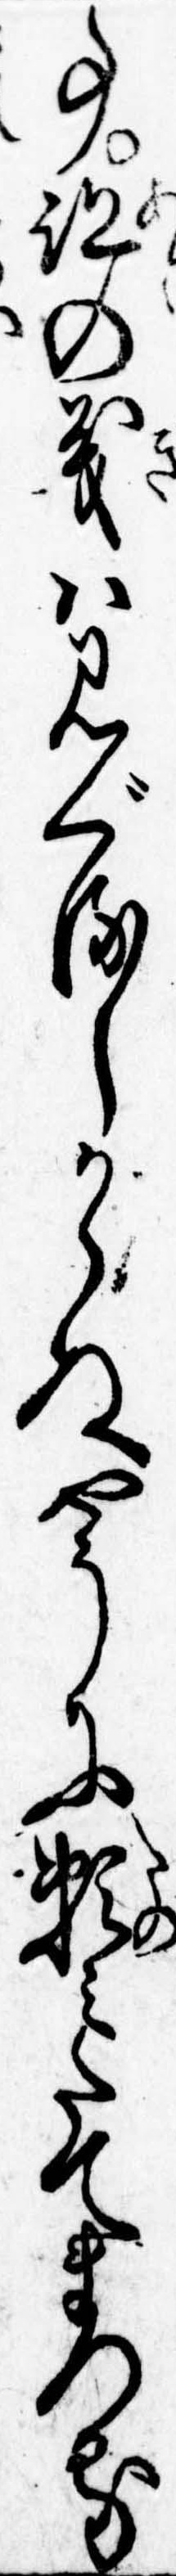
事跡の義は見ぐるしからぬやうに頼みたてまつる